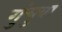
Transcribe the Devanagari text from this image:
गुंचुवा